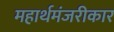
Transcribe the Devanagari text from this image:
महार्थमंजरीकार